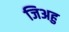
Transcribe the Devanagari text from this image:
जिअहु